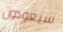
سيعودون